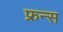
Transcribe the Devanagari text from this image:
फ्रन्स